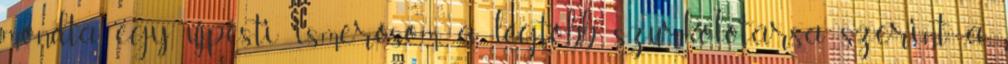
mondta egy újpesti ismerősöm, a legtöbb szurkolótársa szerint a